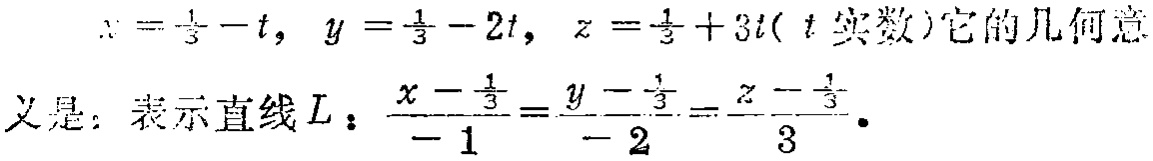
\(x = \frac{1}{3}-t,\ y = \frac{1}{3}-2t,\ z = \frac{1}{3}+3t(t\text{ 实数})它的几何意\)

\(义是：表示直线L：\frac{x - \frac{1}{3}}{-1}=\frac{y - \frac{1}{3}}{-2}=\frac{z - \frac{1}{3}}{3}。\)